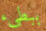
ببطىء